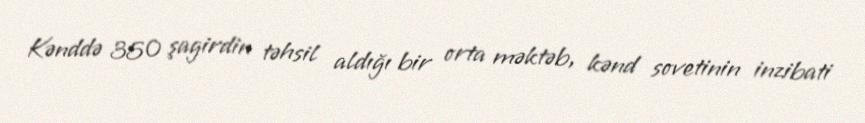
Kənddə 350 şagirdin təhsil aldığı bir orta məktəb, kənd sovetinin inzibati